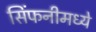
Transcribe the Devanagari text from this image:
सिंफनीमध्ये